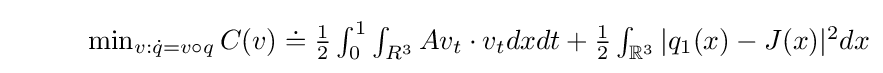
{\begin{matrix}&\ \ \ \ \ \min _{v:{\dot {q}}=v\circ q}C(v)\doteq {\frac {1}{2}}\int _{0}^{1}\int _{R^{3}}Av_{t}\cdot v_{t}dxdt+{\frac {1}{2}}\int _{{\mathbb {R} }^{3}}|q_{1}(x)-J(x)|^{2}dx\end{matrix}}